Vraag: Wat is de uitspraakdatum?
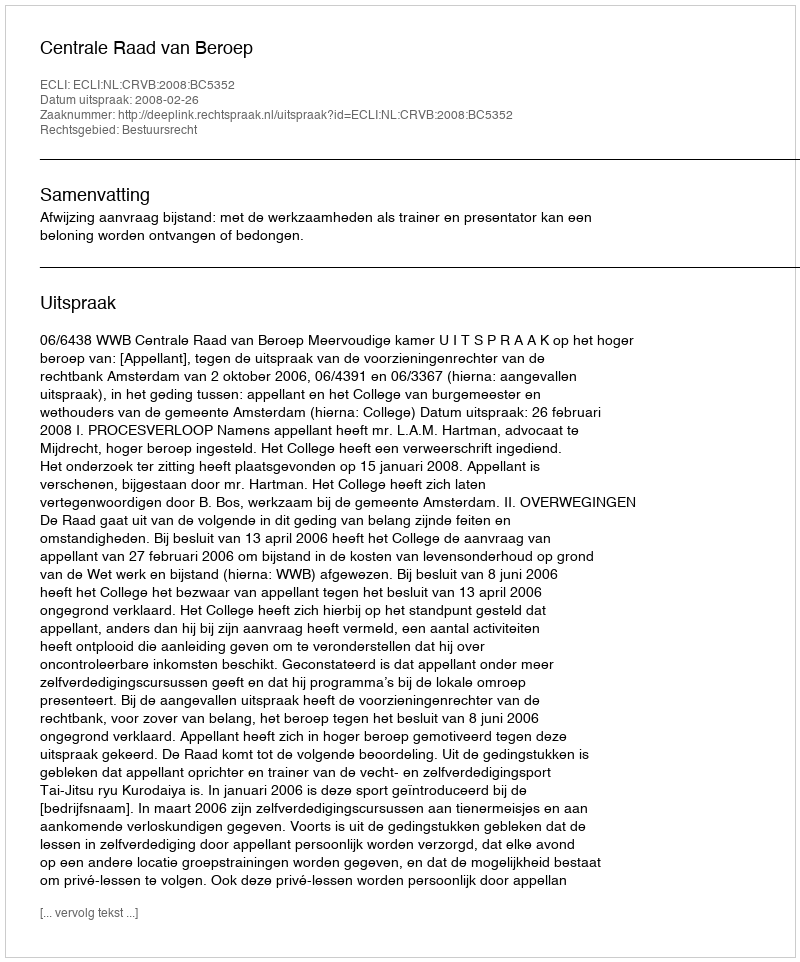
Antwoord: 2008-02-26